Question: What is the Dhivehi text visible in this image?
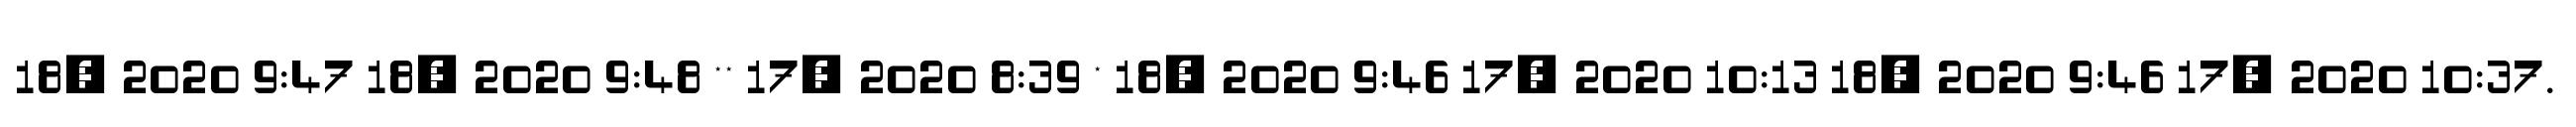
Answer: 18, 2020 9:47 18, 2020 9:48 ** 17, 2020 8:39 * 18, 2020 9:46 17, 2020 10:13 18, 2020 9:46 17, 2020 10:37.